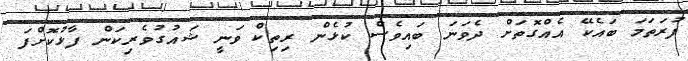
ފުރަތަމަ ބައެކޭ އެއްގޮތަށް ދެވަނަ ބައިވެސް ކުޅެން ރިތިކް ވަނީ ޝައުގުވެރިކަން ފާޅުކޮށްފަ